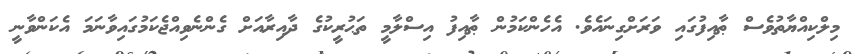
މިލްކިއްޔާތުވެސް ޠާއިފުގައި ވަރަށްގިނައެވެ. އެހެންކަމުން ޠާއިފު އިސްލާމީ ތަޙުރީކުގެ ދާއިރާއަށް ގެންނެވިއްޖެކަމުގައިވާނަމަ އެކަންވާނީ